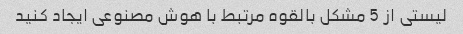
لیستی از 5 مشکل بالقوه مرتبط با هوش مصنوعی ایجاد کنید